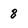
Character: 8